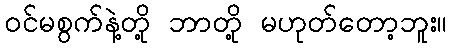
ဝင်မစွက်နဲ့တို့ ဘာတို့ မဟုတ်တော့ဘူး။